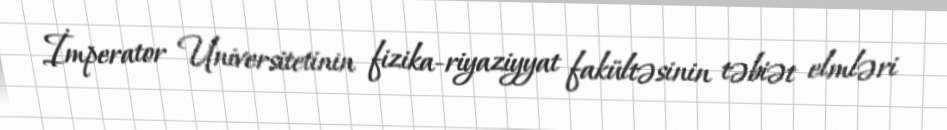
İmperator Universitetinin fizika-riyaziyyat fakültəsinin təbiət elmləri